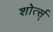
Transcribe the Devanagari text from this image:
शोर्त्स्